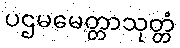
ပဌမမေတ္တာသုတ္တံ